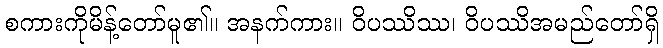
စကားကိုမိန့်တော်မူ၏။ အနက်ကား။ ဝိပဿိဿ၊ ဝိပဿိအမည်တော်ရှိ